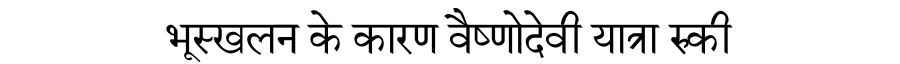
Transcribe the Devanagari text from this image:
भूस्खलन के कारण वैष्णोदेवी यात्रा रुकी